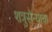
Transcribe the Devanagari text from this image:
शत्रुसैन्याचा